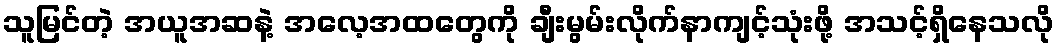
သူမြင်တဲ့ အယူအဆနဲ့ အလေ့အထတွေကို ချီးမွမ်းလိုက်နာကျင့်သုံးဖို့ အသင့်ရှိနေသလို